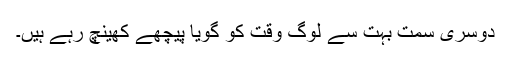
دوسری سمت بہت سے لوگ وقت کو گویا پیچھے کھینچ رہے ہیں۔